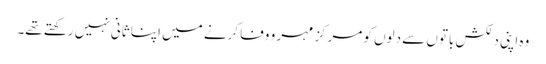
وہ اپنی دلکش باتوں سے دلوں کو مرکز مہر و وفا کرنے میں اپنا ثانی نہیں رکھتے تھے۔